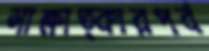
সাক্ষাত্কারপর্ব